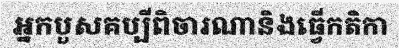
អ្នកបួសគប្បីពិចារណានិងធ្វើកតិកា